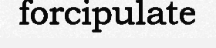
forcipulate